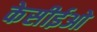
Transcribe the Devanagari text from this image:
केसीईओ